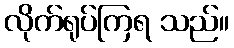
လိုက်ရုပ်ကြရ သည်။